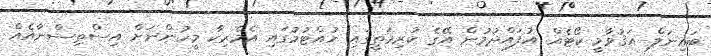
ބައިނަލް އަޤުވާމީ ކޯޓެއް އުފައްދުމުން އޭގެ ކުރިމަތީގައި ހުއްޓުމުގައި އެމެރިކާ މީހުންނަށް އިސްތިސްނާއެއް